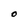
Character: O